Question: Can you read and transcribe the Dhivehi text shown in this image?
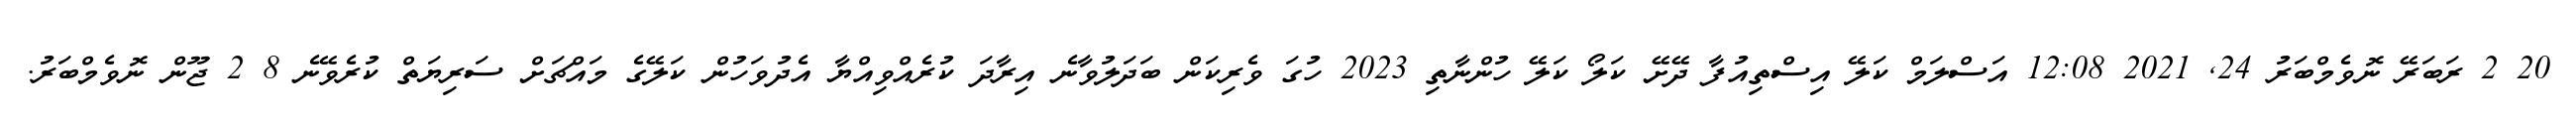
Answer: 20 2 ރަބަރޭ ނޮވެމްބަރު 24, 2021 12:08 އަސްލަމް ކަލޭ އިސްތިއުފާ ދޭށޭ ކަލޯ ކަލޭ ހުންނާތި 2023 ހުގަ ވެރިކަން ބަދަލުވާނެ އިރާދަ ކުރެއްވިއްޔާ އެދުވަހުން ކަލޭގެ މައްޗަށް ސަރިޔަތް ކުރެވޭނެ 8 2 ޖޫން ނޮވެމްބަރު.